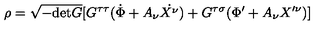
\rho = \sqrt { - \mathrm { d e t } G } [ G ^ { \tau \tau } ( \dot { \Phi } + A _ { \nu } \dot { X ^ { \nu } } ) + G ^ { \tau \sigma } ( \Phi ^ { \prime } + A _ { \nu } X ^ { \prime \nu } ) ]